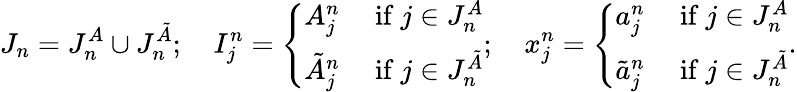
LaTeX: J_{n}=J_{n}^{A}\cup J_{n}^{\tilde{A}};\quad I_{j}^{n}=\left\{ \begin{array}{ll}{A_{j}^{n}}&{\mathrm{~if~}j\in J_{n}^{A}}\\ {\tilde{A}_{j}^{n}}&{\mathrm{~if~}j\in J_{n}^{\tilde{A}}}\end{array}\right.;\quad x_{j}^{n}=\left\{ \begin{array}{ll}{a_{j}^{n}}&{\mathrm{~if~}j\in J_{n}^{A}}\\ {\tilde{a}_{j}^{n}}&{\mathrm{~if~}j\in J_{n}^{\tilde{A}}}\end{array}\right..